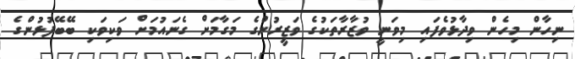
ނިހާން މިހެން ވިދާޅުވެފައި މިވަނީ ވުޒާރާތަކުގެ ވަޒީރުންގެ މަގާމަށް ގެނައުމަށް ވަކިވަކި ބޭބޭފުޅުންގެ